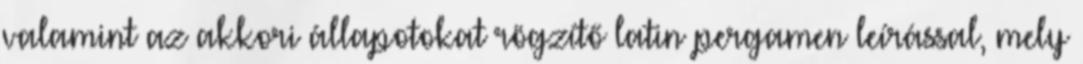
valamint az akkori állapotokat rögzítő latin pergamen leírással, mely